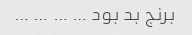
برنج بد بود … … … …